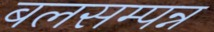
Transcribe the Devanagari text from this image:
बलसम्पन्न